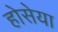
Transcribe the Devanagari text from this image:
होसेया